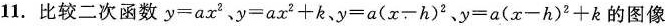
11.比较二次函数$$y=ax^{2}$$、$$y=ax^{2}+k$$、$$y=a(x-h)^{2}$$、$$y=a(x-h)^{2}+k$$的图像